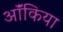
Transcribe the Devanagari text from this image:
ऑंकिया